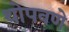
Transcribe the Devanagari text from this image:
थोपवणे